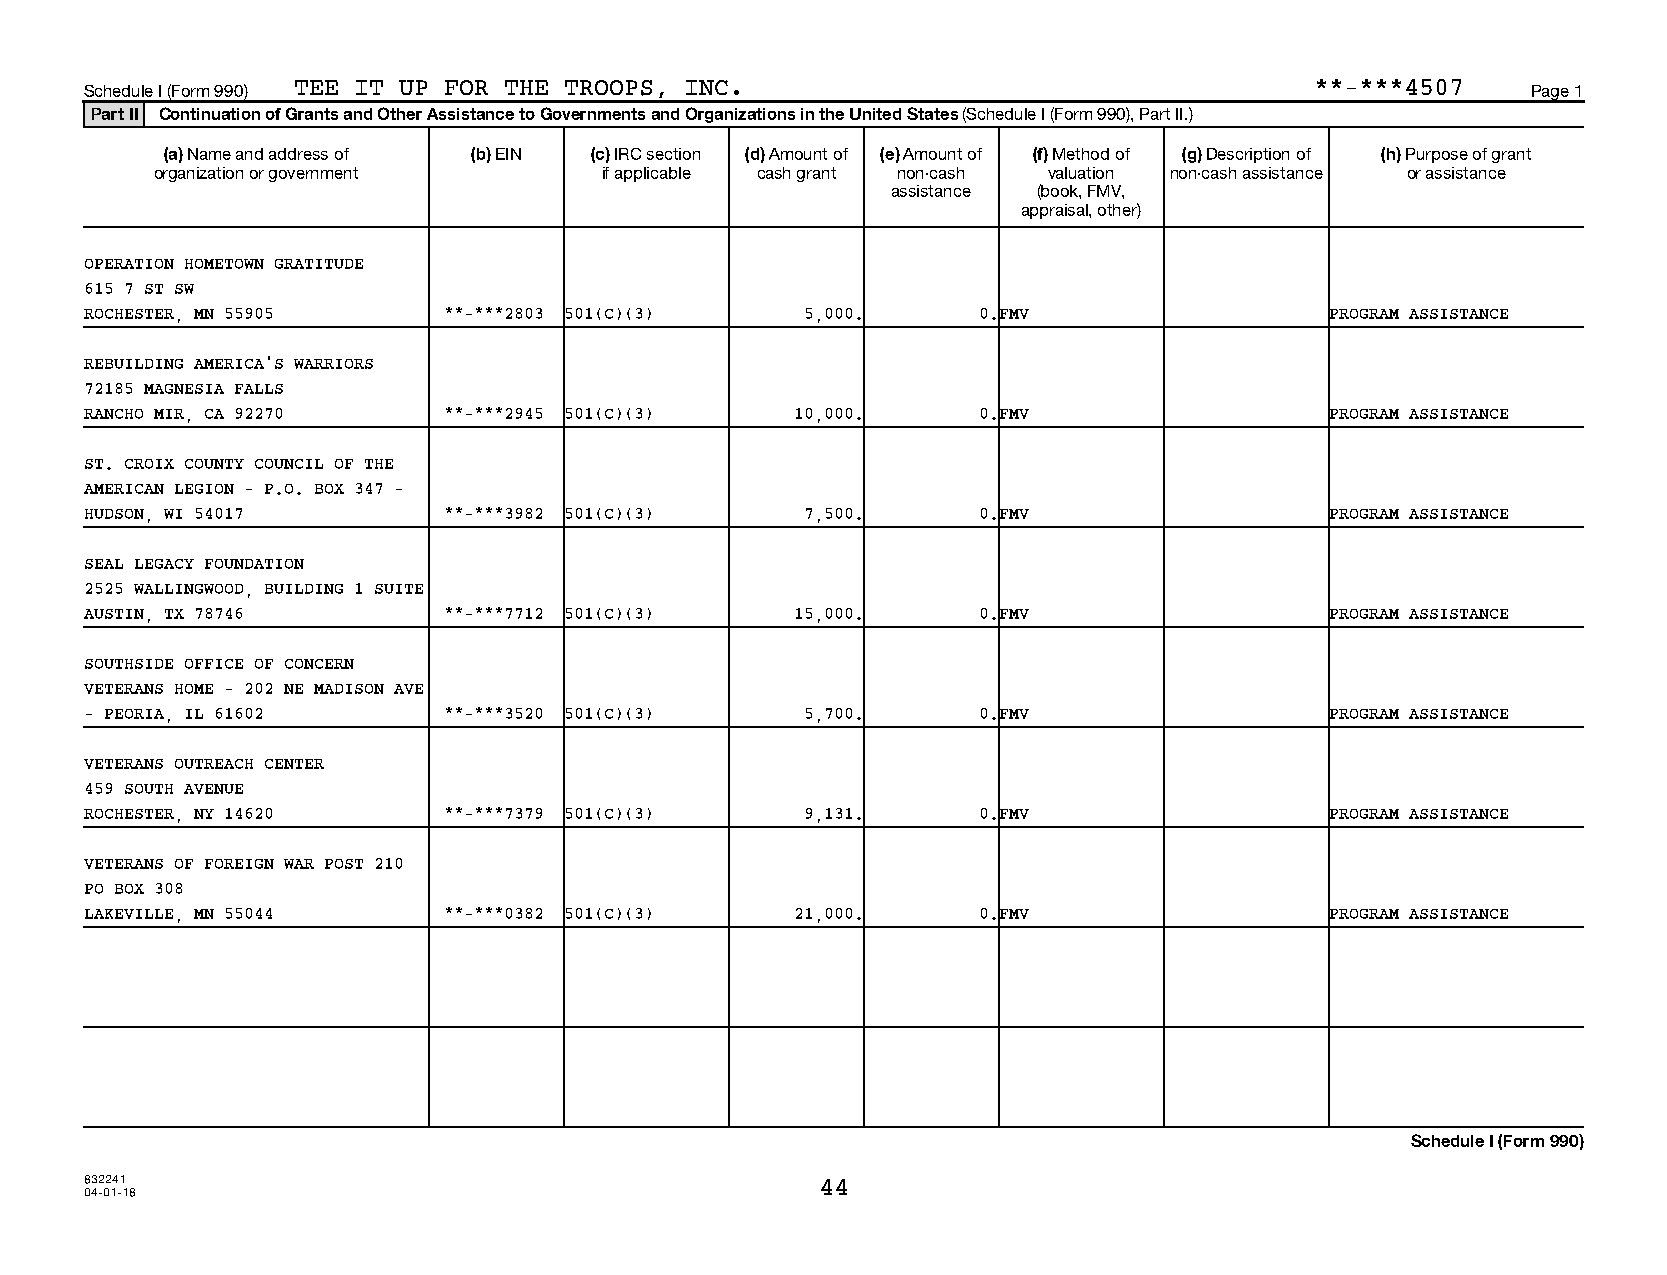
Schedule I (Form 990) TEE IT UP FOR THE TROOPS, INC.                             **-***4507    Page 1
 Part II Continuation of Grants and Other Assistance to Governments and Organizations in the United States (Schedule I (Form 990), Part II.)
 (a) Name and address of (b) EIN (c) IRC section (d) Amount of (e) Amount of (f) Method of (g) Description of (h) Purpose of grant
 organization or government    if applicable cash grant non-cash valuation non-cash assistance or assistance
 assistance (book, FMV,
 appraisal, other)
 OPERATION HOMETOWN GRATITUDE
 615 7 ST SW
 ROCHESTER, MN 55905    **-***2803 501(C)(3)    5,000.      0.FMV                  PROGRAM ASSISTANCE
 REBUILDING AMERICA'S WARRIORS
 72185 MAGNESIA FALLS
 RANCHO MIR, CA 92270   **-***2945 501(C)(3)    10,000.     0.FMV                  PROGRAM ASSISTANCE
 ST. CROIX COUNTY COUNCIL OF THE
 AMERICAN LEGION - P.O. BOX 347 -
 HUDSON, WI 54017       **-***3982 501(C)(3)    7,500.      0.FMV                  PROGRAM ASSISTANCE
 SEAL LEGACY FOUNDATION
 2525 WALLINGWOOD, BUILDING 1 SUITE
 AUSTIN, TX 78746       **-***7712 501(C)(3)    15,000.     0.FMV                  PROGRAM ASSISTANCE
 SOUTHSIDE OFFICE OF CONCERN
 VETERANS HOME - 202 NE MADISON AVE
 - PEORIA, IL 61602     **-***3520 501(C)(3)    5,700.      0.FMV                  PROGRAM ASSISTANCE
 VETERANS OUTREACH CENTER
 459 SOUTH AVENUE
 ROCHESTER, NY 14620    **-***7379 501(C)(3)    9,131.      0.FMV                  PROGRAM ASSISTANCE
 VETERANS OF FOREIGN WAR POST 210
 PO BOX 308
 LAKEVILLE, MN 55044    **-***0382 501(C)(3)    21,000.     0.FMV                  PROGRAM ASSISTANCE
 Schedule I (Form 990)
 832241                                          44
 04-01-18
 09301115 758773 80010        2018.05010 TEE IT UP FOR THE TROOPS, I 80010__1